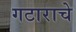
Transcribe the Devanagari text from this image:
गटाराचे